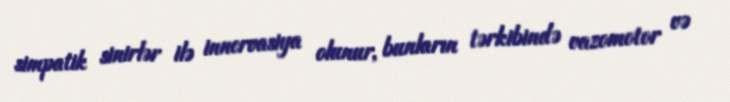
simpatik sinirlər ilə innervasiya olunur, bunların tərkibində vazomotor və